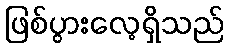
ဖြစ်ပွားလေ့ရှိသည်